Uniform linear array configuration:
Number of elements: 12
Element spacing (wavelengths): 1
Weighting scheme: hamming
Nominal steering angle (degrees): -45
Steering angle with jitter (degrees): -46.295
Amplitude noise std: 0.05
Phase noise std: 0.05

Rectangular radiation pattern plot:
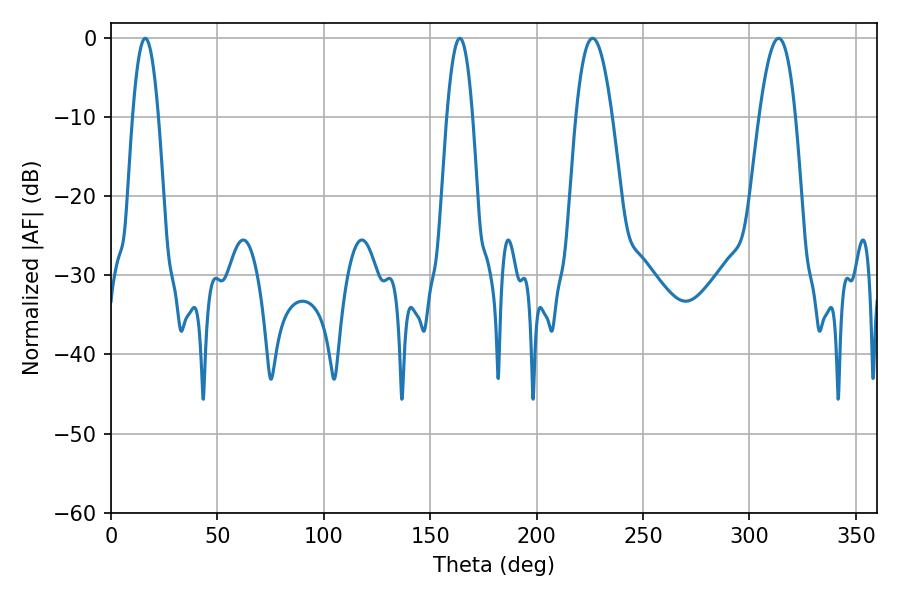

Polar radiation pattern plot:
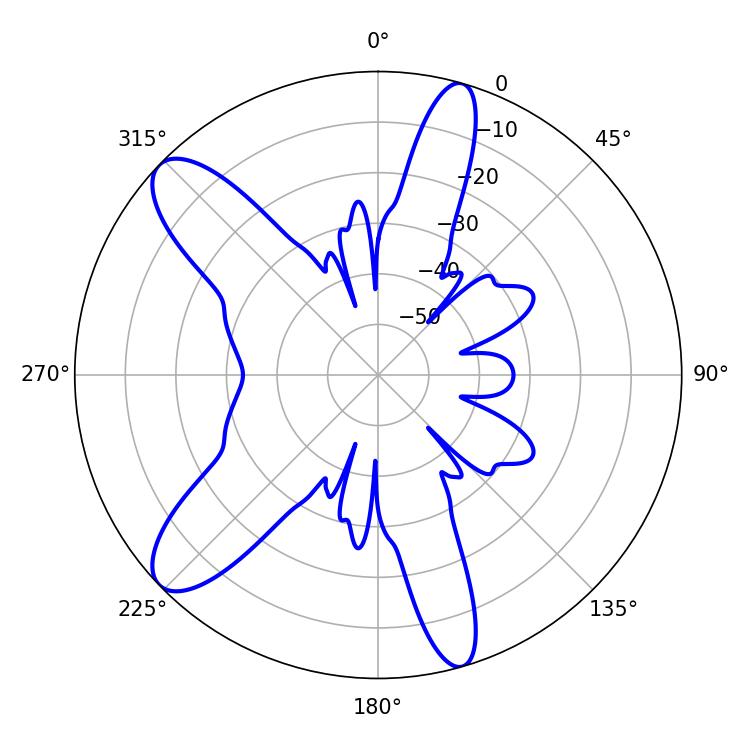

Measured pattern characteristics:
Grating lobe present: TRUE
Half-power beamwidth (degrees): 9.36
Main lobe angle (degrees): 226.26